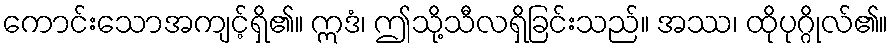
ကောင်းသောအကျင့်ရှိ၏။ ဣဒံ၊ ဤသို့သီလရှိခြင်းသည်။ အဿ၊ ထိုပုဂ္ဂိုလ်၏။